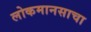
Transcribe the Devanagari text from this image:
लोकमानसाचा